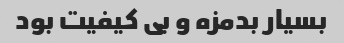
بسیار بدمزه و بی کیفیت بود